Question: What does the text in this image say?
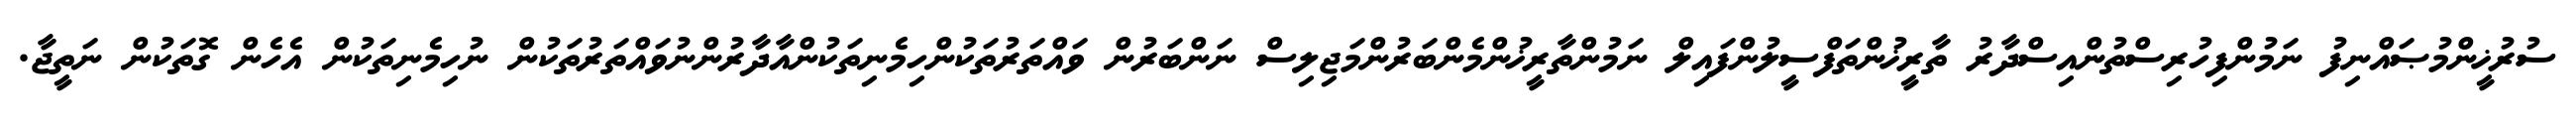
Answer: ސުރުޚީންމުޞައްނިފު ނަމުންފިހުރިސްތުންއިސްދާރު ތާރީޚުންތަފްސީލުންފައިލް ނަމުންތާރީޚުންމެންބަރުންމަޖިލިސް ނަންބަރުން ވައްތަރުތަކުންހިމެނިތަކުންއާދާރުންނުވައްތަރުތަކުން ނުހިމެނިތަކުން އެހެން ގޮތަކުން ނަތީޖާ.